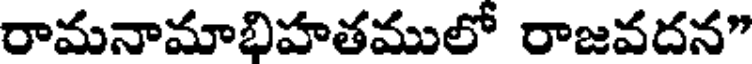
రామనామాభిహతములో రాజవదన"